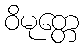
ဝိမုတ္တေ